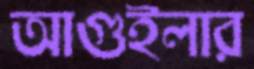
আগুইলার